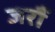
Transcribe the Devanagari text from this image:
जरौं